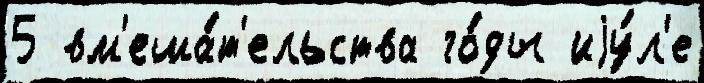
5 вм'еша́т'ельства го́ды иjу́л'е